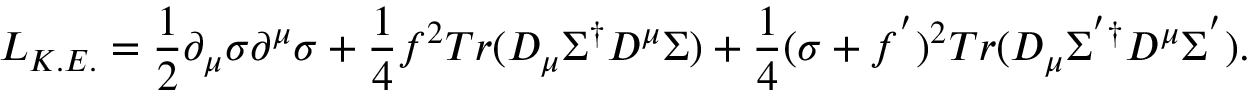
{ \cal L } _ { K . E . } = \frac { 1 } { 2 } \partial _ { \mu } \sigma \partial ^ { \mu } \sigma + \frac { 1 } { 4 } f ^ { 2 } T r ( { D } _ { \mu } \Sigma ^ { \dagger } { D } ^ { \mu } \Sigma ) + \frac { 1 } { 4 } ( \sigma + f ^ { ' } ) ^ { 2 } T r ( { D } _ { \mu } \Sigma ^ { ' \dagger } { D } ^ { \mu } \Sigma ^ { ' } ) .